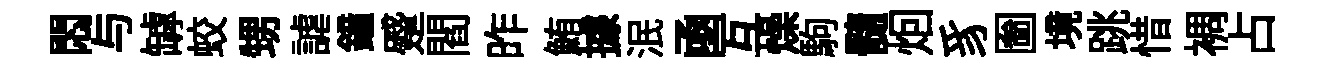
悶与罅蛟甥謔鐘蹙閻昨鮪據泯凾互燥駒髓𤇆豸圗境跳惜裯占